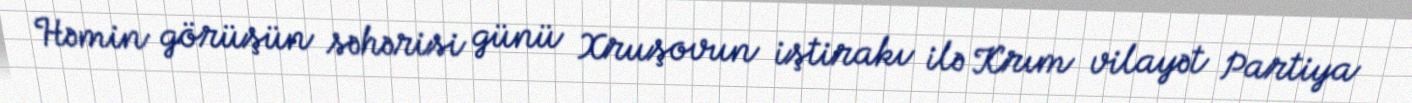
Həmin görüşün səhərisi günü Xruşovun iştirakı ilə Krım vilayət Partiya